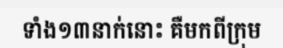
ទាំង១៣នាក់នោះ គឺមកពីក្រុម